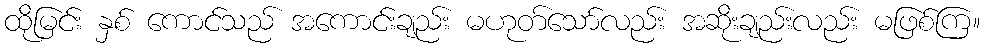
ထိုမြင်း နှစ် ကောင်သည် အကောင်းချည်း မဟုတ်သော်လည်း အဆိုးချည်းလည်း မဖြစ်ကြ။